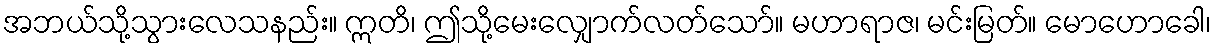
အဘယ်သို့သွားလေသနည်း။ ဣတိ၊ ဤသို့မေးလျှောက်လတ်သော်။ မဟာရာဇ၊ မင်းမြတ်။ မောဟောခေါ၊